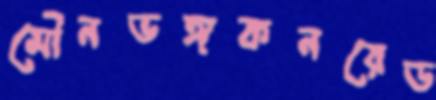
মৌনভঙ্গকনরেড